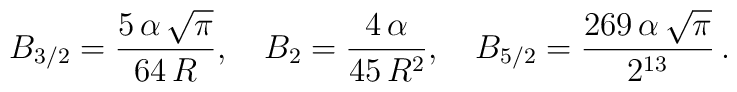
B_{3/2}=\frac{5\,\alpha\,\sqrt \pi}{64\,R},\quad B_{2}=\frac{4\,\alpha}{45\,R^2},\quad  B_{5/2}=\frac{269\,\alpha\,\sqrt \pi}{2^{13}}\,{.}